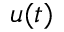
u ( t )